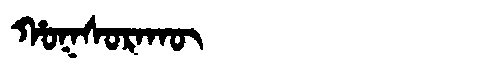
Manchu: ᡥᠣᡴᠰᠣᡵᠠᡴᡡ
Romanization: HOKSORAKŪ